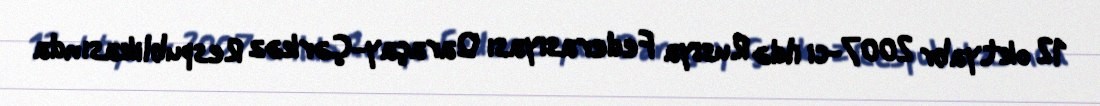
12 oktyabr 2007-ci ildə Rusiya Federasiyası Qaraçay-Çərkəz Respublikasında